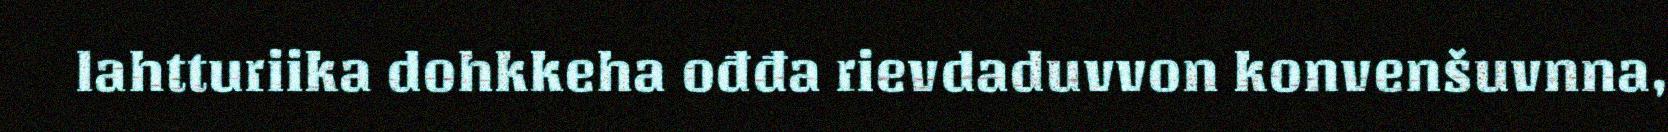
lahtturiika dohkkeha ođđa rievdaduvvon konvenšuvnna,